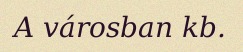
A városban kb.